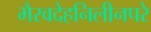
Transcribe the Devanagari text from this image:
भैरवदेहनिलीनपरे